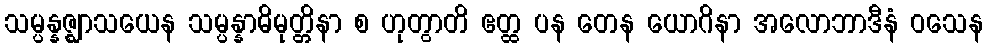
သမ္ပန္နဇ္ဈာသယေန သမ္ပန္နာဓိမုတ္တိနာ စ ဟုတွာတိ ဧတ္ထ ပန တေန ယောဂိနာ အလောဘာဒီနံ ဝသေန